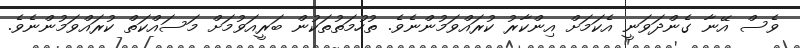
ވެސް އޭނާ ގެންދަވަނީ އެކަމަށް އިންކާރު ކުރައްވަމުންނެވެ. ތުހުމަތުތަކުން ބަރީއަވުމަށް މަސައްކަތް ކުރައްވަމުންނެވެ.